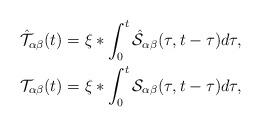
LaTeX: \begin{align*}\mathcal{\hat{T}}_{\alpha\beta}(t) & =\xi*\int_{0}^{t}\hat{\mathcal{S}}_{\alpha\beta}(\tau,t-\tau)d\tau,\\\mathcal{T}_{\alpha\beta}(t) & =\xi*\int_{0}^{t}\mathcal{S}_{\alpha\beta}(\tau,t-\tau)d\tau,\end{align*}